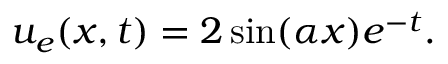
u _ { e } ( x , t ) = 2 \sin ( \alpha x ) e ^ { - t } .